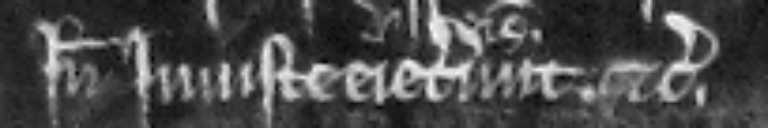
inde injuste ejecerunt etc.